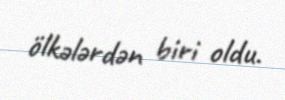
ölkələrdən biri oldu.